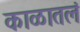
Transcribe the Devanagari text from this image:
काळातलं